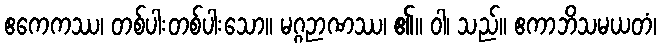
ဧကေကဿ၊ တစ်ပါးတစ်ပါးသော။ မဂ္ဂဉာဏဿ၊ ၏။ ဝါ၊ သည်။ ဧကာဘိသမယတံ၊